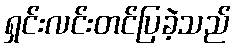
ရှင်းလင်းတင်ပြခဲ့သည်